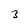
Character: 3